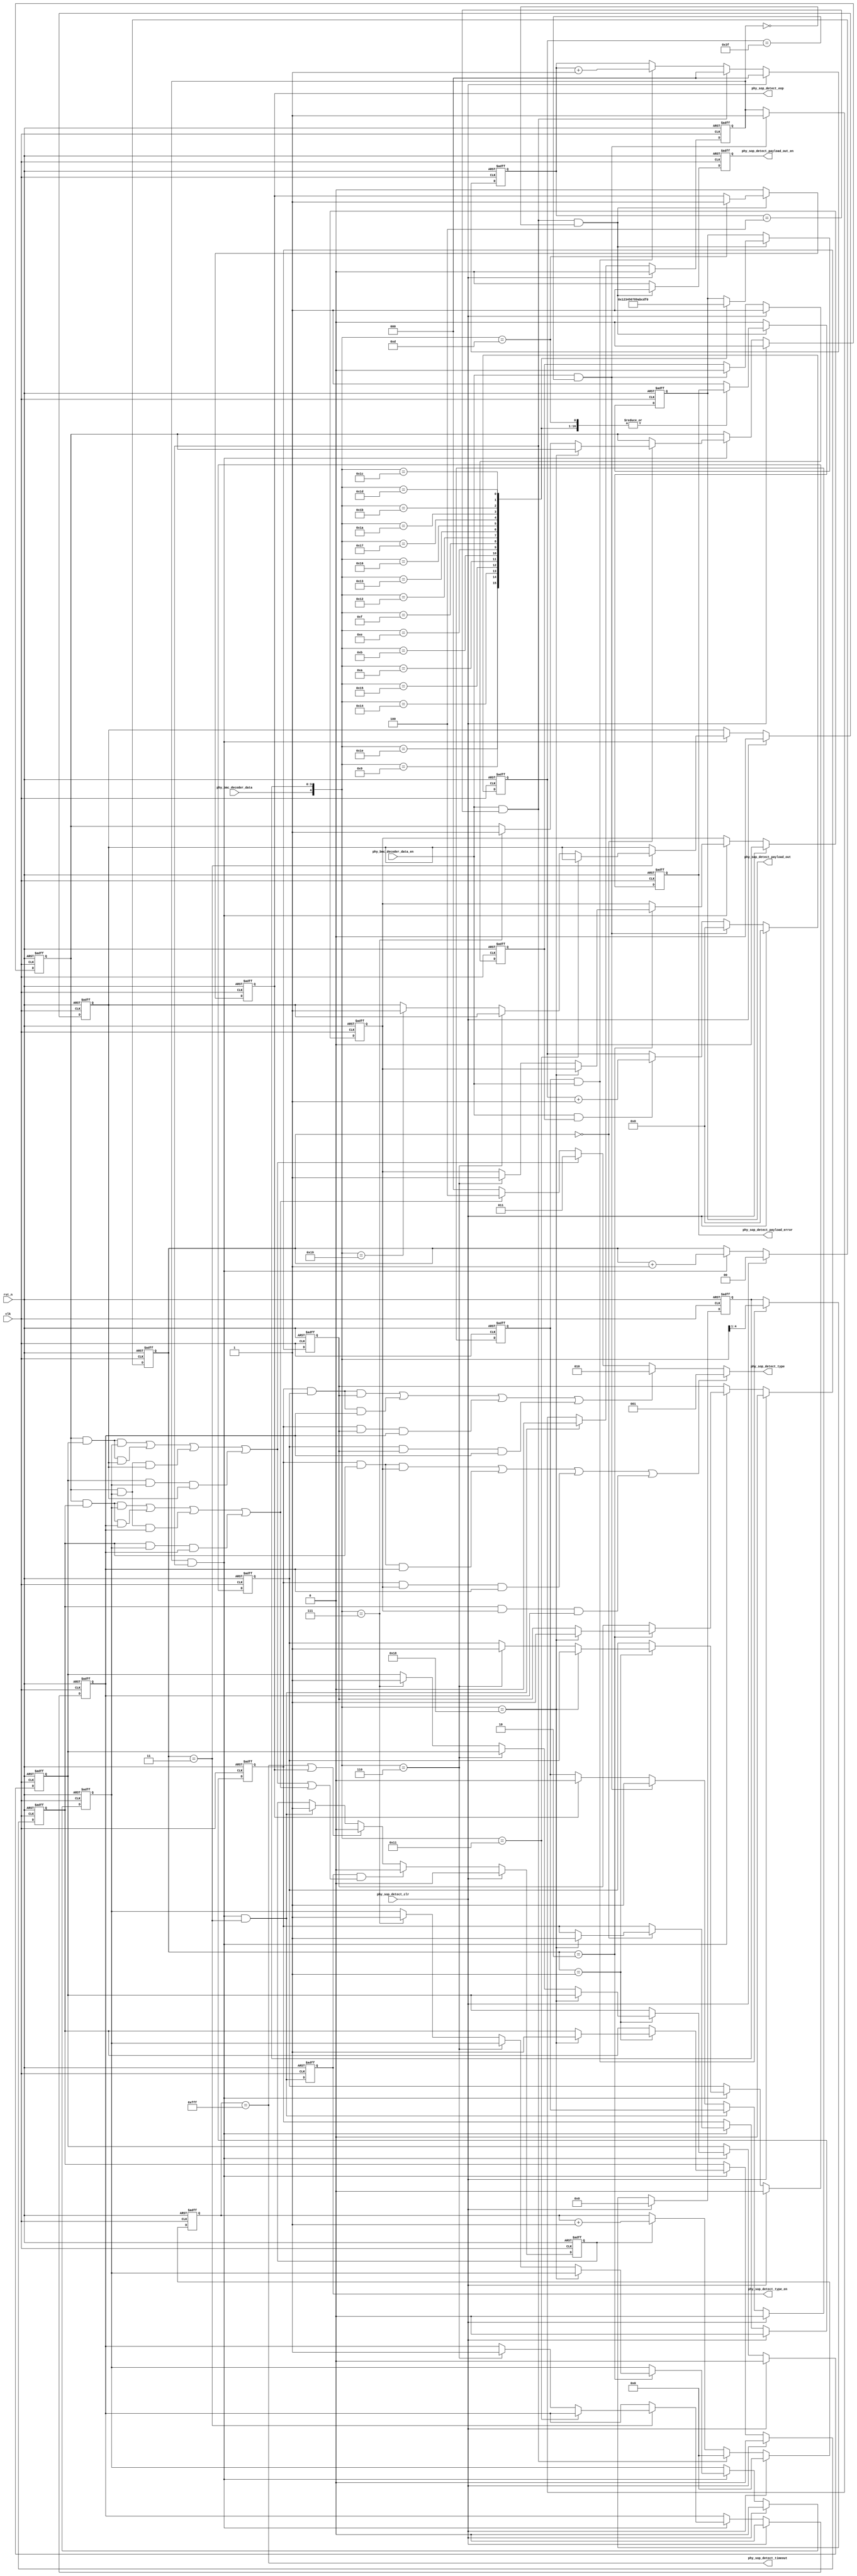
module phy_sop_detect(
    clk,
    rst_n,

    phy_sop_detect_clr,

    //bmc decoder data input
    phy_bmc_decoder_data,
    phy_bmc_decoder_data_en,

    //sop detect data output
    phy_sop_detect_type,
    phy_sop_detect_type_en,
    phy_sop_detect_payload_out,
    phy_sop_detect_payload_out_en,
    phy_sop_detect_eop,
    phy_sop_detect_payload_error,
    phy_sop_detect_timeout
    );

input     clk;
input     rst_n;

input     phy_bmc_decoder_data;
input     phy_bmc_decoder_data_en;

input     phy_sop_detect_clr;

output    [2:0] phy_sop_detect_type;
output    phy_sop_detect_type_en;
output    [3:0] phy_sop_detect_payload_out;
output    phy_sop_detect_payload_out_en;
output    phy_sop_detect_eop;
output    phy_sop_detect_payload_error;
output    phy_sop_detect_timeout;

localparam K_CODE_SYNC_1 = 5'b11000;
localparam K_CODE_SYNC_2 = 5'b10001;
localparam K_CODE_SYNC_3 = 5'b00110;
localparam K_CODE_RST_1  = 5'b00111;
localparam K_CODE_RST_2  = 5'b11001;
localparam K_CODE_EOP    = 5'b01101;

localparam PAYLOAD_TIMEOUT    = 16'hfff;

reg       [2:0] phy_sop_detect_type;
reg       phy_sop_detect_type_en;
reg       [3:0] phy_sop_detect_payload_out;
reg       phy_sop_detect_payload_out_en;
reg       phy_sop_detect_payload_error;
reg       phy_sop_detect_eop;

//preamble detect
reg       [5:0] phy_sop_detect_preamble_cnt;
wire      phy_sop_detect_preamble_done;
reg       phy_sop_detect_preamble_en;
wire      phy_sop_detect_preamble_error;

//paylaod detect
reg       [3:0] phy_sop_detect_payload_data;
wire      [4:0] phy_sop_detect_payload_data_wire;
reg       [2:0] phy_sop_detect_payload_cnt;
reg       phy_sop_detect_payload_en;
wire      phy_sop_detect_payload_done;
//k-code detect
reg       [1:0] phy_sop_detect_k_code_cnt;
wire      phy_sop_detect_k_code_done;
reg       phy_sop_detect_k_code_en;

reg       phy_sop_detect_k_code_1st_is_sync_1;
reg       phy_sop_detect_k_code_1st_is_rst_1;

reg       phy_sop_detect_k_code_2nd_is_sync_1;
reg       phy_sop_detect_k_code_2nd_is_sync_3;
reg       phy_sop_detect_k_code_2nd_is_rst_1;

reg       phy_sop_detect_k_code_3rd_is_sync_1;
reg       phy_sop_detect_k_code_3rd_is_sync_3;
reg       phy_sop_detect_k_code_3rd_is_rst_1;

reg       phy_sop_detect_k_code_4th_is_sync_2;
reg       phy_sop_detect_k_code_4th_is_sync_3;
reg       phy_sop_detect_k_code_4th_is_rst_2;


wire      phy_sop_detect_type_is_sop;
wire      phy_sop_detect_type_is_sopp;
wire      phy_sop_detect_type_is_soppp;
wire      phy_sop_detect_type_is_hardreset;
wire      phy_sop_detect_type_is_cablereset;

//timeout control
reg       [15:0] phy_sop_detect_timeout_cnt;
reg       phy_sop_detect_timeout_en;

//preamble detect
always @(posedge clk or negedge rst_n) begin
       if(!rst_n) begin
              phy_sop_detect_preamble_cnt <= 6'b0;
       end
       else if(phy_sop_detect_clr) begin
              phy_sop_detect_preamble_cnt <= 6'b0;
       end
       else if(phy_sop_detect_preamble_done) begin
              phy_sop_detect_preamble_cnt <= 6'b0;
       end
       else if(phy_bmc_decoder_data_en && phy_sop_detect_preamble_en) begin
              phy_sop_detect_preamble_cnt <= phy_sop_detect_preamble_cnt + 1'b1;
       end
end

always @(posedge clk or negedge rst_n) begin
       if(!rst_n) begin
              phy_sop_detect_preamble_en <= 1'b1;
       end
       else if(phy_sop_detect_clr) begin
              phy_sop_detect_preamble_en <= 1'b1;
       end
       else if(phy_sop_detect_preamble_done) begin
              phy_sop_detect_preamble_en <= 1'b0;
       end
end

assign    phy_sop_detect_preamble_done = phy_bmc_decoder_data_en && (phy_sop_detect_preamble_cnt == 6'h3f);

assign    phy_sop_detect_preamble_error = phy_bmc_decoder_data_en && phy_sop_detect_preamble_en && (phy_sop_detect_preamble_cnt[0] != phy_bmc_decoder_data);

//payload detect
always @(posedge clk or negedge rst_n) begin
       if(!rst_n) begin
              phy_sop_detect_payload_data <= 4'b0;
       end
       else if(phy_sop_detect_clr) begin
              phy_sop_detect_payload_data <= 4'b0;
       end
       else if(phy_sop_detect_payload_en && phy_bmc_decoder_data_en) begin
              phy_sop_detect_payload_data <= {phy_bmc_decoder_data, phy_sop_detect_payload_data[3:1]};
       end
end

assign    phy_sop_detect_payload_data_wire = {phy_bmc_decoder_data, phy_sop_detect_payload_data};

always @(posedge clk or negedge rst_n) begin
       if(!rst_n) begin
              phy_sop_detect_payload_cnt <= 3'h0;
       end
       else if(phy_sop_detect_clr) begin
              phy_sop_detect_payload_cnt <= 3'h0;
       end
       else if(phy_sop_detect_payload_done) begin
              phy_sop_detect_payload_cnt <= 3'h0;
       end
       else if(phy_sop_detect_payload_en && phy_bmc_decoder_data_en) begin
              phy_sop_detect_payload_cnt <= phy_sop_detect_payload_cnt + 1'b1;
       end
end

assign    phy_sop_detect_payload_done = phy_bmc_decoder_data_en && (phy_sop_detect_payload_cnt == 3'h4);


//k-code detect
always @(posedge clk or negedge rst_n) begin
       if(!rst_n) begin
              phy_sop_detect_k_code_cnt <= 2'h0;
       end
       else if(phy_sop_detect_clr) begin
              phy_sop_detect_k_code_cnt <= 2'h0;
       end
       else if(phy_sop_detect_k_code_en && phy_sop_detect_payload_done) begin
              phy_sop_detect_k_code_cnt <= phy_sop_detect_k_code_cnt + 1'b1;
       end
end

assign    phy_sop_detect_k_code_done = phy_sop_detect_payload_done && phy_sop_detect_k_code_en && (phy_sop_detect_k_code_cnt == 2'h3);

always @(posedge clk or negedge rst_n) begin
       if(!rst_n) begin
              phy_sop_detect_k_code_en <= 1'b0;
              phy_sop_detect_payload_en <= 1'b0;
       end
       else if(phy_sop_detect_clr) begin
              phy_sop_detect_k_code_en <= 1'b0;
              phy_sop_detect_payload_en <= 1'b0;
       end
       else if(phy_sop_detect_k_code_done) begin
              phy_sop_detect_k_code_en <= 1'b0;
       end
       else if(phy_sop_detect_preamble_done) begin
              phy_sop_detect_k_code_en <= 1'b1;
              phy_sop_detect_payload_en <= 1'b1;
       end
       else if(phy_sop_detect_eop) begin
              phy_sop_detect_payload_en <= 1'b0;
       end
end

always @(posedge clk or negedge rst_n) begin
       if(!rst_n) begin
              phy_sop_detect_k_code_1st_is_sync_1 <= 1'b0;
              phy_sop_detect_k_code_1st_is_rst_1 <= 1'b0;

              phy_sop_detect_k_code_2nd_is_sync_1 <= 1'b0;
              phy_sop_detect_k_code_2nd_is_sync_3 <= 1'b0;
              phy_sop_detect_k_code_2nd_is_rst_1 <= 1'b0;

              phy_sop_detect_k_code_3rd_is_sync_1 <= 1'b0;
              phy_sop_detect_k_code_3rd_is_sync_3 <= 1'b0;
              phy_sop_detect_k_code_3rd_is_rst_1 <= 1'b0;

              phy_sop_detect_k_code_4th_is_sync_2 <= 1'b0;
              phy_sop_detect_k_code_4th_is_sync_3 <= 1'b0;
              phy_sop_detect_k_code_4th_is_rst_2 <= 1'b0;
       end
       else if(phy_sop_detect_clr) begin
              phy_sop_detect_k_code_1st_is_sync_1 <= 1'b0;
              phy_sop_detect_k_code_1st_is_rst_1 <= 1'b0;

              phy_sop_detect_k_code_2nd_is_sync_1 <= 1'b0;
              phy_sop_detect_k_code_2nd_is_sync_3 <= 1'b0;
              phy_sop_detect_k_code_2nd_is_rst_1 <= 1'b0;

              phy_sop_detect_k_code_3rd_is_sync_1 <= 1'b0;
              phy_sop_detect_k_code_3rd_is_sync_3 <= 1'b0;
              phy_sop_detect_k_code_3rd_is_rst_1 <= 1'b0;

              phy_sop_detect_k_code_4th_is_sync_2 <= 1'b0;
              phy_sop_detect_k_code_4th_is_sync_3 <= 1'b0;
              phy_sop_detect_k_code_4th_is_rst_2 <= 1'b0;
       end
       else if(phy_sop_detect_payload_done && phy_sop_detect_k_code_en) begin
	   case(phy_sop_detect_k_code_cnt)
	       2'h0: begin
                    if(phy_sop_detect_payload_data_wire == K_CODE_SYNC_1) begin
                          phy_sop_detect_k_code_1st_is_sync_1 <= 1'b1;
		    end
                    else if(phy_sop_detect_payload_data_wire == K_CODE_RST_1) begin
                          phy_sop_detect_k_code_1st_is_rst_1 <= 1'b1;
		    end
	       end
	       2'h1: begin
                    if(phy_sop_detect_payload_data_wire == K_CODE_SYNC_1) begin
                          phy_sop_detect_k_code_2nd_is_sync_1 <= 1'b1;
		    end
                    else if(phy_sop_detect_payload_data_wire == K_CODE_SYNC_3) begin
                          phy_sop_detect_k_code_2nd_is_sync_3 <= 1'b1;
		    end
                    else if(phy_sop_detect_payload_data_wire == K_CODE_RST_1) begin
                          phy_sop_detect_k_code_2nd_is_rst_1 <= 1'b1;
		    end
	       end
	       2'h2: begin
                    if(phy_sop_detect_payload_data_wire == K_CODE_SYNC_1) begin
                          phy_sop_detect_k_code_3rd_is_sync_1 <= 1'b1;
		    end
                    else if(phy_sop_detect_payload_data_wire == K_CODE_SYNC_3) begin
                          phy_sop_detect_k_code_3rd_is_sync_3 <= 1'b1;
		    end
                    else if(phy_sop_detect_payload_data_wire == K_CODE_RST_1) begin
                          phy_sop_detect_k_code_3rd_is_rst_1 <= 1'b1;
		    end
	       end
	       2'h3: begin
                    if(phy_sop_detect_payload_data_wire == K_CODE_SYNC_2) begin
                          phy_sop_detect_k_code_4th_is_sync_2 <= 1'b1;
		    end
                    else if(phy_sop_detect_payload_data_wire == K_CODE_SYNC_3) begin
                          phy_sop_detect_k_code_4th_is_sync_3 <= 1'b1;
		    end
                    else if(phy_sop_detect_payload_data_wire == K_CODE_RST_2) begin
                          phy_sop_detect_k_code_4th_is_rst_2 <= 1'b1;
		    end
	       end
	       default;
	   endcase
       end
end





assign    phy_sop_detect_type_is_sop =
                                 	phy_sop_detect_k_code_1st_is_sync_1 && phy_sop_detect_k_code_2nd_is_sync_1 && phy_sop_detect_k_code_3rd_is_sync_1 ||
                                 	phy_sop_detect_k_code_1st_is_sync_1 && phy_sop_detect_k_code_2nd_is_sync_1 && phy_sop_detect_k_code_4th_is_sync_2 ||
                                 	phy_sop_detect_k_code_1st_is_sync_1 && phy_sop_detect_k_code_3rd_is_sync_1 && phy_sop_detect_k_code_4th_is_sync_2 ||
                                 	phy_sop_detect_k_code_2nd_is_sync_1 && phy_sop_detect_k_code_3rd_is_sync_1 && phy_sop_detect_k_code_4th_is_sync_2 ;

assign    phy_sop_detect_type_is_sopp =
                                 	phy_sop_detect_k_code_1st_is_sync_1 && phy_sop_detect_k_code_2nd_is_sync_1 && phy_sop_detect_k_code_3rd_is_sync_3 ||
                                 	phy_sop_detect_k_code_1st_is_sync_1 && phy_sop_detect_k_code_2nd_is_sync_1 && phy_sop_detect_k_code_4th_is_sync_3 ||
                                 	phy_sop_detect_k_code_1st_is_sync_1 && phy_sop_detect_k_code_3rd_is_sync_3 && phy_sop_detect_k_code_4th_is_sync_3 ||
                                 	phy_sop_detect_k_code_2nd_is_sync_1 && phy_sop_detect_k_code_3rd_is_sync_3 && phy_sop_detect_k_code_4th_is_sync_3 ;

assign    phy_sop_detect_type_is_soppp =
                                 	phy_sop_detect_k_code_1st_is_sync_1 && phy_sop_detect_k_code_2nd_is_sync_3 && phy_sop_detect_k_code_3rd_is_sync_1 ||
                                 	phy_sop_detect_k_code_1st_is_sync_1 && phy_sop_detect_k_code_2nd_is_sync_3 && phy_sop_detect_k_code_4th_is_sync_3 ||
                                 	phy_sop_detect_k_code_1st_is_sync_1 && phy_sop_detect_k_code_3rd_is_sync_1 && phy_sop_detect_k_code_4th_is_sync_3 ||
                                 	phy_sop_detect_k_code_2nd_is_sync_3 && phy_sop_detect_k_code_3rd_is_sync_1 && phy_sop_detect_k_code_4th_is_sync_3 ;

assign    phy_sop_detect_type_is_hardreset =
                                 	phy_sop_detect_k_code_1st_is_rst_1  && phy_sop_detect_k_code_2nd_is_rst_1  && phy_sop_detect_k_code_3rd_is_rst_1  ||
                                 	phy_sop_detect_k_code_1st_is_rst_1  && phy_sop_detect_k_code_2nd_is_rst_1  && phy_sop_detect_k_code_4th_is_rst_2  ||
                                 	phy_sop_detect_k_code_1st_is_rst_1  && phy_sop_detect_k_code_3rd_is_rst_1  && phy_sop_detect_k_code_4th_is_rst_2  ||
                                 	phy_sop_detect_k_code_2nd_is_rst_1  && phy_sop_detect_k_code_3rd_is_rst_1  && phy_sop_detect_k_code_4th_is_rst_2  ;

assign    phy_sop_detect_type_is_cablereset =
                                 	phy_sop_detect_k_code_1st_is_rst_1  && phy_sop_detect_k_code_2nd_is_sync_1 && phy_sop_detect_k_code_3rd_is_rst_1  ||
                                 	phy_sop_detect_k_code_1st_is_rst_1  && phy_sop_detect_k_code_2nd_is_sync_1 && phy_sop_detect_k_code_4th_is_sync_3 ||
                                 	phy_sop_detect_k_code_1st_is_rst_1  && phy_sop_detect_k_code_3rd_is_rst_1  && phy_sop_detect_k_code_4th_is_sync_3 ||
                                 	phy_sop_detect_k_code_2nd_is_sync_1 && phy_sop_detect_k_code_3rd_is_rst_1  && phy_sop_detect_k_code_4th_is_sync_3 ;



always @(posedge clk or negedge rst_n) begin
       if(!rst_n) begin
              phy_sop_detect_type_en <= 1'b0;
       end
       else begin
              phy_sop_detect_type_en <= phy_sop_detect_k_code_done;
       end
end

always @(*) begin
              phy_sop_detect_type = 3'h0;

          if(phy_sop_detect_type_is_sopp) begin
              phy_sop_detect_type = 3'h1;
          end
          else if(phy_sop_detect_type_is_soppp) begin
              phy_sop_detect_type = 3'h2;
          end
          else if(phy_sop_detect_type_is_hardreset) begin
              phy_sop_detect_type = 3'h3;
          end
          else if(phy_sop_detect_type_is_cablereset) begin
              phy_sop_detect_type = 3'h4;
          end

end


always @(posedge clk or negedge rst_n) begin
       if(!rst_n) begin
              phy_sop_detect_payload_out <= 4'h0;
              phy_sop_detect_payload_out_en <= 1'h0;
              phy_sop_detect_payload_error <= 1'h0;
              phy_sop_detect_eop <= 1'h0;
       end
       else if(phy_sop_detect_payload_done && !phy_sop_detect_k_code_en) begin
              phy_sop_detect_payload_out_en <= 1'h1;

	   case(phy_sop_detect_payload_data_wire)
	       5'b11110: phy_sop_detect_payload_out <= 4'h0;
	       5'b01001: phy_sop_detect_payload_out <= 4'h1;
	       5'b10100: phy_sop_detect_payload_out <= 4'h2;
	       5'b10101: phy_sop_detect_payload_out <= 4'h3;
	       5'b01010: phy_sop_detect_payload_out <= 4'h4;
	       5'b01011: phy_sop_detect_payload_out <= 4'h5;
	       5'b01110: phy_sop_detect_payload_out <= 4'h6;
	       5'b01111: phy_sop_detect_payload_out <= 4'h7;
	       5'b10010: phy_sop_detect_payload_out <= 4'h8;
	       5'b10011: phy_sop_detect_payload_out <= 4'h9;
	       5'b10110: phy_sop_detect_payload_out <= 4'ha;
	       5'b10111: phy_sop_detect_payload_out <= 4'hb;
	       5'b11010: phy_sop_detect_payload_out <= 4'hc;
	       5'b11011: phy_sop_detect_payload_out <= 4'hd;
	       5'b11100: phy_sop_detect_payload_out <= 4'he;
	       5'b11101: phy_sop_detect_payload_out <= 4'hf;
	       5'b01101: phy_sop_detect_eop <= 1'h1;
	       default: phy_sop_detect_payload_error <= 1'b1;
	   endcase
       end
       else begin
              phy_sop_detect_payload_out_en <= 1'h0;
              phy_sop_detect_payload_error <= 1'h0;
              phy_sop_detect_eop <= 1'h0;
       end
end


//timeout control
always @(posedge clk or negedge rst_n) begin
       if(!rst_n) begin
              phy_sop_detect_timeout_cnt <= 16'h0;
       end
       else if(phy_sop_detect_clr) begin
              phy_sop_detect_timeout_cnt <= 16'h0;
       end
       else if(phy_sop_detect_payload_done) begin
              phy_sop_detect_timeout_cnt <= 16'h0;
       end
       else if(phy_sop_detect_timeout_en) begin
              phy_sop_detect_timeout_cnt <= phy_sop_detect_timeout_cnt +1'h1;
       end
end

always @(posedge clk or negedge rst_n) begin
       if(!rst_n) begin
              phy_sop_detect_timeout_en <= 1'h0;
       end
       else if(phy_sop_detect_clr) begin
              phy_sop_detect_timeout_en <= 1'h0;
       end
       else if(phy_sop_detect_type_en && (phy_sop_detect_type_is_hardreset || phy_sop_detect_type_is_cablereset)) begin
              phy_sop_detect_timeout_en <= 1'h0;
       end
       else if(phy_sop_detect_timeout || phy_sop_detect_eop) begin
              phy_sop_detect_timeout_en <= 1'h0;
       end
       else if(phy_sop_detect_k_code_done) begin
              phy_sop_detect_timeout_en <= 1'h1;
       end
end


assign    phy_sop_detect_timeout = (phy_sop_detect_timeout_cnt == PAYLOAD_TIMEOUT);

endmodule